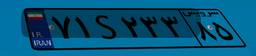
۷۱S۲۳۳۸۵